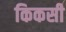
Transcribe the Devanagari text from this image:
किकसी